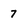
Character: 7